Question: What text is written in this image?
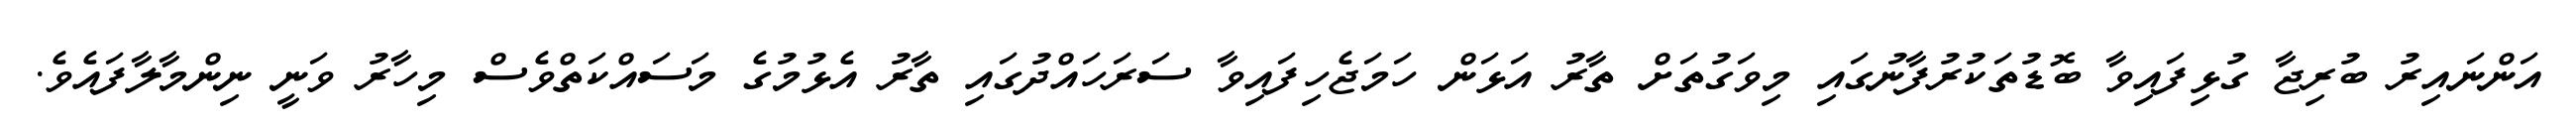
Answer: އަންނައިރު ބުރިޖާ ގުޅިފައިވާ ބޮޑުތަކުރުފާނުގައި މިވަގުތަށް ތާރު އަޅަން ހަމަޖެހިފައިވާ ސަރަހައްދުގައި ތާރު އެޅުމުގެ މަސައްކަތްވެސް މިހާރު ވަނީ ނިންމާލާފައެވެ.